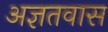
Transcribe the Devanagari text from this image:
अज्ञतवास